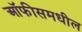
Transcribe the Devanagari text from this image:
ऑफीसमधील